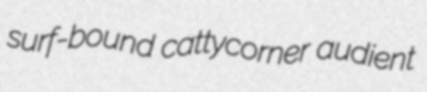
surf-bound cattycorner audient